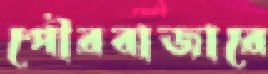
পৌরবাজারে